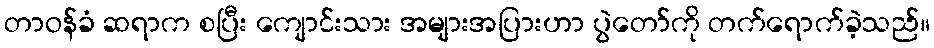
တာဝန်ခံ ဆရာက စပြီး ကျောင်းသား အများအပြားဟာ ပွဲတော်ကို တက်ရောက်ခဲ့သည်။